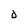
Character: D